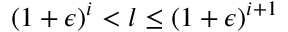
( 1 + \epsilon ) ^ { i } < l \leq ( 1 + \epsilon ) ^ { i + 1 }